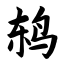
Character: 鸫